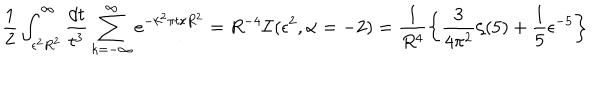
\frac { 1 } { 2 } \int _ { \epsilon ^ { 2 } R ^ { 2 } } ^ { \infty } \frac { d t } { t ^ { 3 } } \sum _ { k = - \infty } ^ { \infty } e ^ { - k ^ { 2 } \pi t / R ^ { 2 } } = R ^ { - 4 } { \cal I } ( \epsilon ^ { 2 } , \alpha = - 2 ) = \frac { 1 } { R ^ { 4 } } \left\{ \frac { 3 } { 4 \pi ^ { 2 } } \zeta ( 5 ) + \frac { 1 } { 5 } \epsilon ^ { - 5 } \right\}